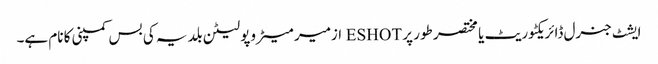
ایشٹ جنرل ڈائریکٹوریٹ یا مختصر طور پر ESHOT ازمیر میٹروپولیٹن بلدیہ کی بس کمپنی کا نام ہے۔